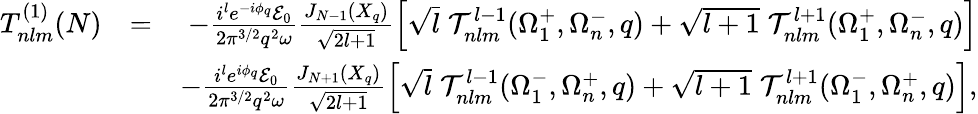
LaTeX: \begin{array}{rlr}{T_{nlm}^{(1)}(N)}&{=}&{-\frac{i^{l}e^{-i\phi_{q}}{\cal E}_{0}}{2{\pi}^{3/2}q^{2}\omega}\frac{J_{N-1}(X_{q})}{\sqrt{2l+1}}\left[\sqrt{l}\; {\cal T}_{nlm}^{l-1}(\Omega_{1}^{+},\Omega_{n}^{-},q)+\sqrt{l+1}\; {\cal T}_{nlm}^{l+1}(\Omega_{1}^{+},\Omega_{n}^{-},q)\right]}\\ &{}&{-\frac{i^{l}e^{i\phi_{q}}{\cal E}_{0}}{2{\pi}^{3/2}q^{2}\omega}\frac{J_{N+1}(X_{q})}{\sqrt{2l+1}}\left[\sqrt{l}\; {\cal T}_{nlm}^{l-1}(\Omega_{1}^{-},\Omega_{n}^{+},q)+\sqrt{l+1}\; {\cal T}_{nlm}^{l+1}(\Omega_{1}^{-},\Omega_{n}^{+},q)\right],}\end{array}